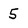
Character: 5